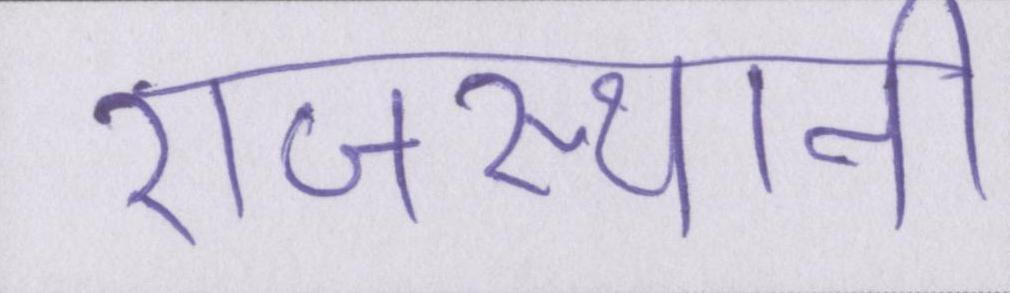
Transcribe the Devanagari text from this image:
राजस्थानी